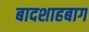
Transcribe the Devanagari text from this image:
बादशाहबाग